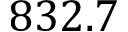
8 3 2 . 7